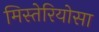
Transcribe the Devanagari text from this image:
मिस्तेरियोसा